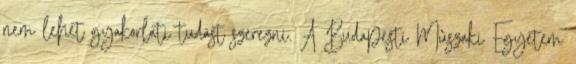
nem lehet gyakorlati tudást szerezni. A Budapesti Mûszaki Egyetem